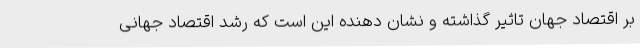
بر اقتصاد جهان تاثیر گذاشته و نشان دهنده این است که رشد اقتصاد جهانی